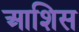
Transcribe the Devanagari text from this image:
आशिस